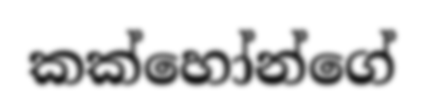
කක්හෝන්ගේ